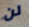
لن